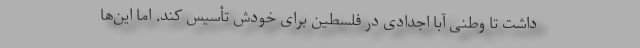
داشت تا وطنی آبا اجدادی در فلسطین برای خودش تأسیس کند. اما این‌ها